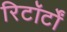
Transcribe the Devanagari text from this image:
रिटॉर्टों